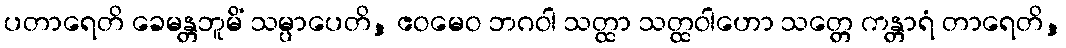
ပတာရေတိ ခေမန္တဘူမိံ သမ္ပာပေတိ, ဧဝမေဝ ဘဂဝါ သတ္ထာ သတ္ထဝါဟော သတ္တေ ကန္တာရံ တာရေတိ,